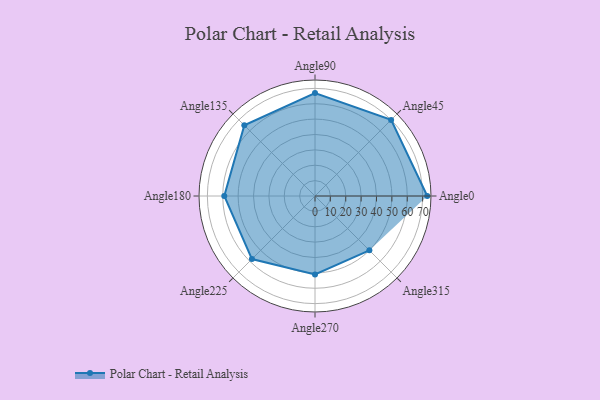
{"axis": {"x": "Angle", "y": "Radius"}, "legend": [""], "data": [{"x": "Angle0", "y": 73.0, "type": ""}, {"x": "Angle45", "y": 70.0, "type": ""}, {"x": "Angle90", "y": 67.0, "type": ""}, {"x": "Angle135", "y": 65.0, "type": ""}, {"x": "Angle180", "y": 59.0, "type": ""}, {"x": "Angle225", "y": 58.0, "type": ""}, {"x": "Angle270", "y": 51.0, "type": ""}, {"x": "Angle315", "y": 50, "type": ""}]}